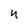
Character: n